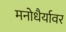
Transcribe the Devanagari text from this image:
मनोधैर्यावर